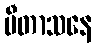
ပီတာသနေ